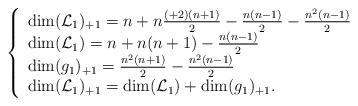
\begin{align*} \left\{\begin{array}{l} \dim(\mathcal{L}_1)_{+1}=n+n\frac{(+2)(n+1)}{2}-\frac{n(n-1)}{2}-\frac{n^2(n-1)}{2}\\ \dim(\mathcal{L}_1)=n+n(n+1)-\frac{n(n-1)}{2}\\ \dim(g_1)_{+1}=\frac{n^2(n+1)}{2}-\frac{n^2(n-1)}{2}\\ \dim(\mathcal{L}_1)_{+1}= \dim(\mathcal{L}_1)+ \dim(g_1)_{+1}.\\ \end{array}\right.\end{align*}